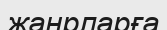
жанрларға